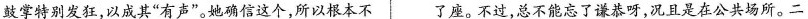
鼓掌特别发狂，以成其”有声”。她确信这个，所以根本不 了座。不过，总不能忘了谦恭呀，况且是在公共场所。二